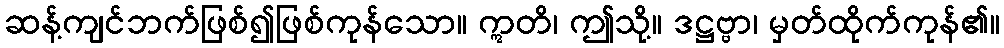
ဆန့်ကျင်ဘက်ဖြစ်၍ဖြစ်ကုန်သော။ ဣတိ၊ ဤသို့။ ဒဋ္ဌဗ္ဗာ၊ မှတ်ထိုက်ကုန်၏။